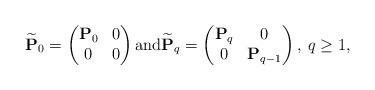
LaTeX: \begin{align*}\widetilde {\bf P}_0 = \begin{pmatrix} {\bf P}_0 & 0 \\ 0 & 0\end{pmatrix} {\rm and} \widetilde {\bf P}_q = \begin{pmatrix} {\bf P}_q & 0 \\ 0 & {\bf P}_{q - 1}\end{pmatrix}, \: q \ge 1,\end{align*}